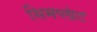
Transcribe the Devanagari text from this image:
सिमप्लांट